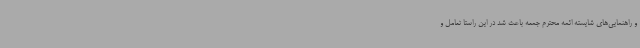
و راهنمایی‌های شایسته ائمه محترم جمعه باعث شد در این راستا تعامل و